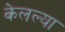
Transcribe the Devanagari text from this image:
केलल्या